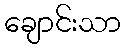
ချောင်းသာ